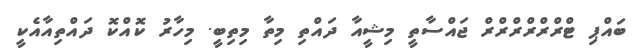
ބައްޕި ޓްރްރްރްރްރްރް ޖައްސާތީ މިޝީއާ ދައްތި މިތާ މިތިބީ. މިހާރު ކޮއްކޮ ދައްތިއާއެކީ